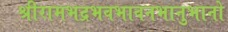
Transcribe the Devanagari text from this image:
श्रीरामभद्रभवभावनभानुभानो